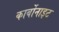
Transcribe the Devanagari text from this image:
कार्बोनाइट